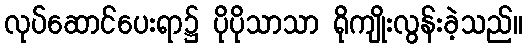
လုပ်ဆောင်ပေးရာ၌ ပိုပိုသာသာ ရိုကျိုးလွန်းခဲ့သည်။